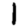
Digit: 1